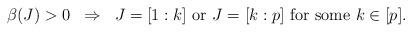
\begin{align*} \beta(J)>0 \;\; \Rightarrow \;\; J=[1:k] \mbox{ or } J=[k:p] \mbox{ for some } k \in [p]. \end{align*}